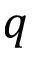
q